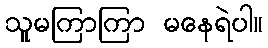
သူမကြာကြာ မနေရဲပါ။